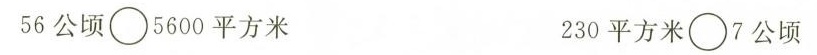
56公顷 \circ 5600平方米 230平方米 \circ 7公顷